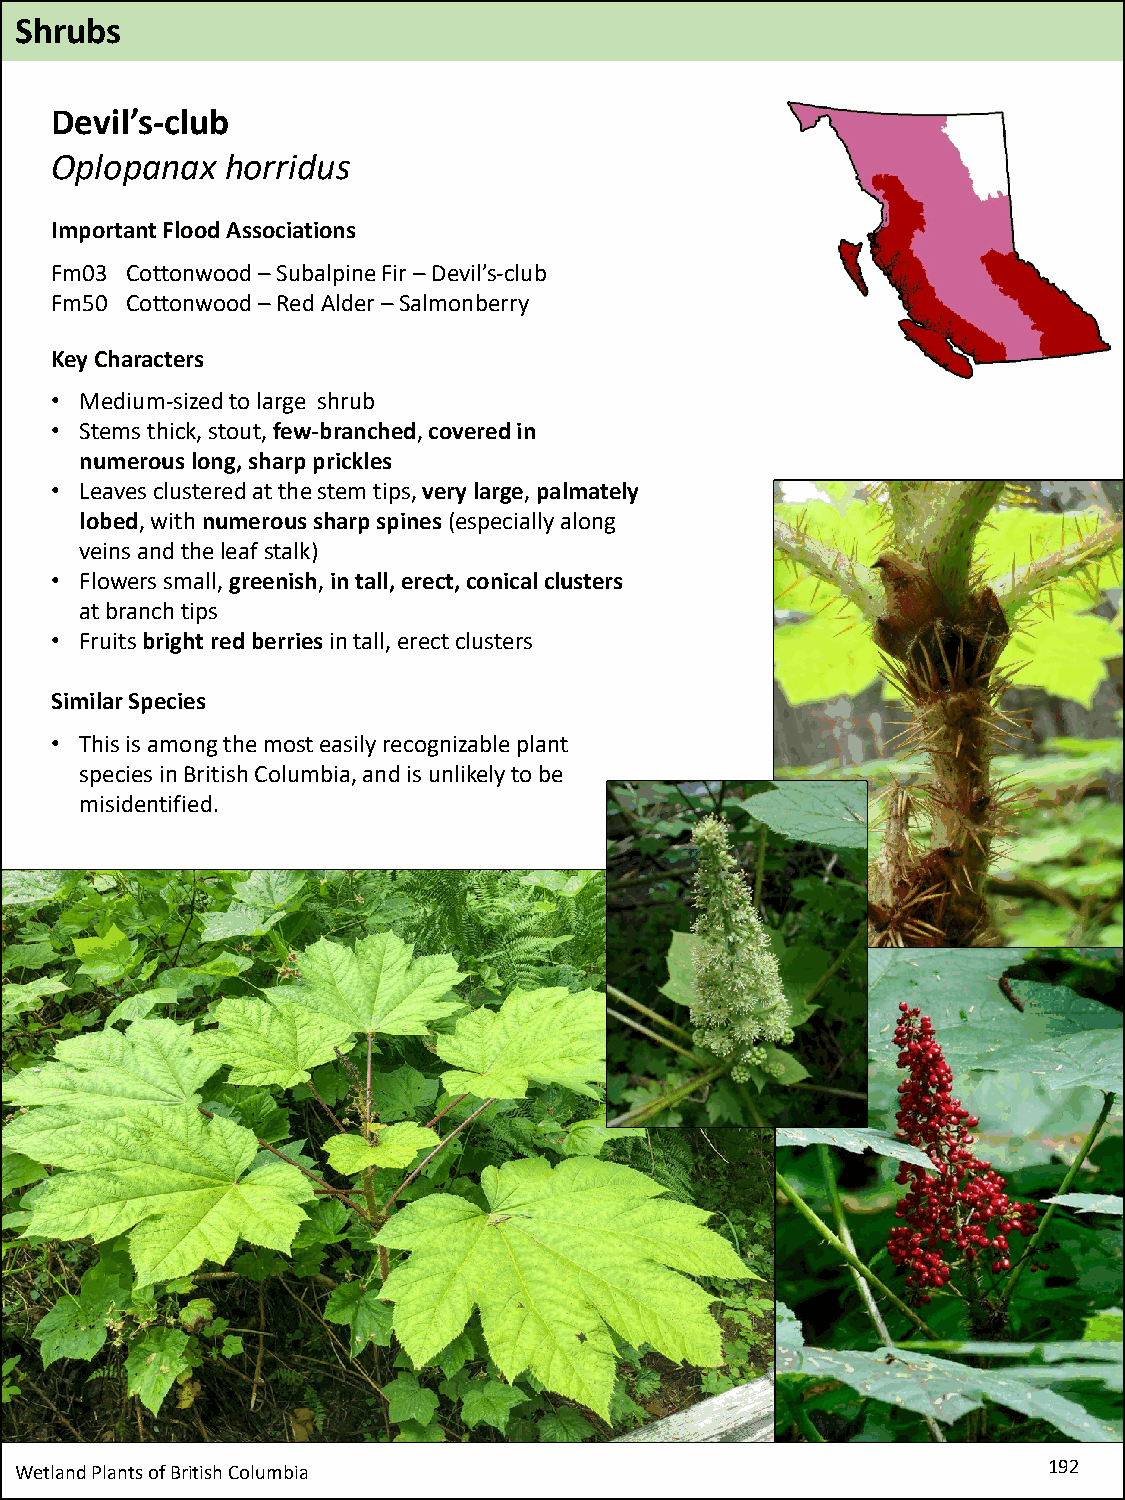
Shrubs
 Devil’s-club
 Oplopanax   horridus
 Important Flood Associations
 Fm03 Cottonwood –Subalpine Fir –Devil’s-club
 Fm50 Cottonwood –Red Alder –Salmonberry
 Key Characters
 • Medium-sized to large shrub
 • Stems thick, stout, few-branched, covered in
 numerous long, sharp prickles
 • Leaves clustered at the stem tips, very large, palmately
 lobed, with numerous sharp spines (especially along
 veins and the leaf stalk)
 • Flowers small, greenish, in tall, erect, conical clusters
 at branch tips
 • Fruits bright red berries in tall, erect clusters
 Similar Species
 • This is among the most easily recognizable plant
 species in British Columbia, and is unlikely to be
 misidentified.
 Wetland Plants of British Columbia                                  192